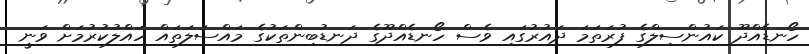
ހޯނޑެއްދޫ ކައުންސިލްގެ ފުރަތަމަ ދައުރުގައި ވެސް ހޯނޑެއްދޫގެ ދަނޑުބިންތަކުގެ މައްސަލަތައް ހައްލުކުރުމަށް ވަނީ